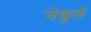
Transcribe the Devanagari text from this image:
नेबुले